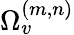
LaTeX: \Omega_{v}^{(m,n)}